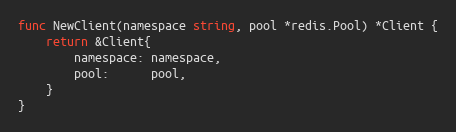
Language: Go
func NewClient(namespace string, pool *redis.Pool) *Client {
	return &Client{
		namespace: namespace,
		pool:      pool,
	}
}